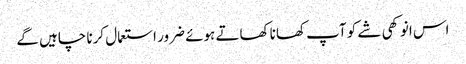
اس انوکھی شے کو آپ کھانا کھاتے ہوئے ضرور استعمال کرنا چاہیں گے